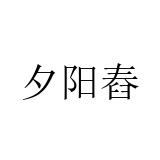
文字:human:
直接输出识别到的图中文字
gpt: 夕阳舂